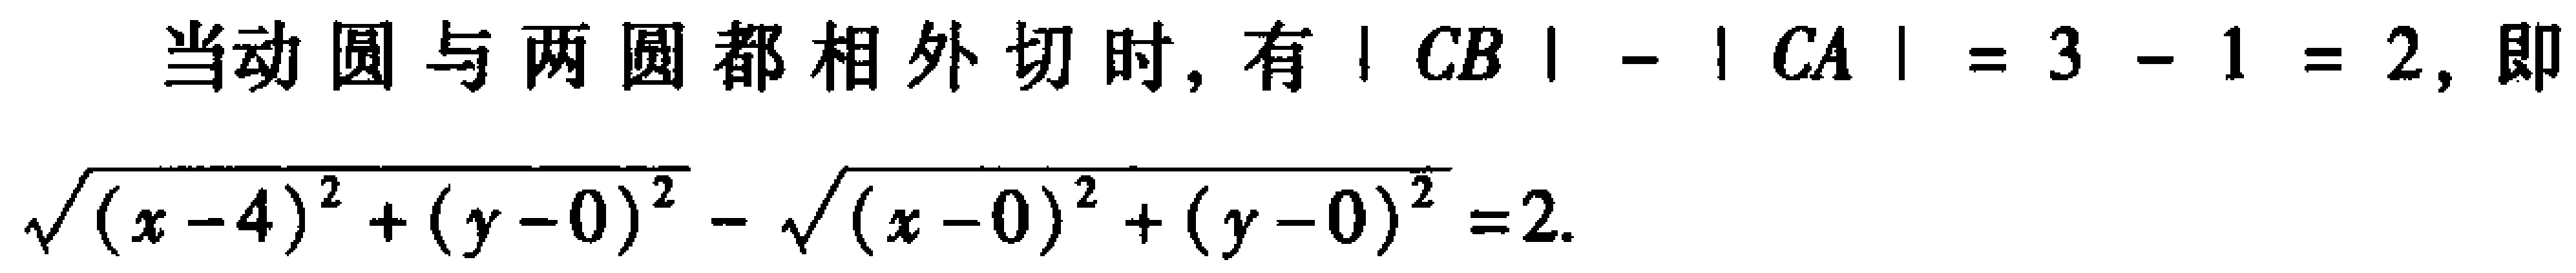
当动圆与两圆都相外切时, 有$| CB | - | CA | = 3 - 1 = 2$, 即
\[\sqrt{(x - 4)^2 + (y - 0)^2} - \sqrt{(x - 0)^2 + (y - 0)^2}=2.\]